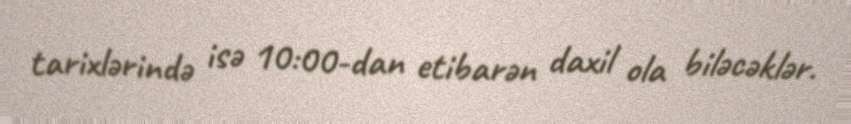
tarixlərində isə 10:00-dan etibarən daxil ola biləcəklər.